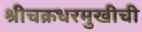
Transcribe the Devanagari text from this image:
श्रीचक्रधरमुखीची